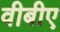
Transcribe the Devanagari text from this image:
वीबीए